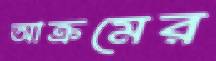
আক্রমের